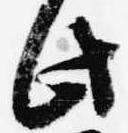
此